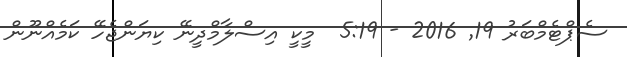
ސެޕްޓެމްބަރު 19